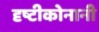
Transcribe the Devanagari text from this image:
दृष्टीकोनानी